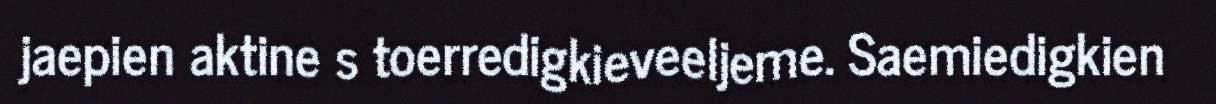
jaepien aktine s toerredigkieveeljeme. Saemiedigkien